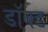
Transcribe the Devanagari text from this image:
डॉक्ड